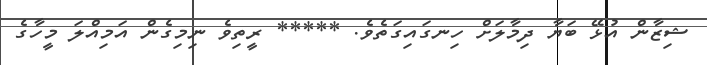
ޝިޒާން އުޅޭ ބަޔާ ދިމާލަށް ހިނގައިގަތެވެ. ***** ރީތިވެ ނިމިގެން އަމިއްލަ މީހާގެ